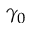
\gamma _ { 0 }